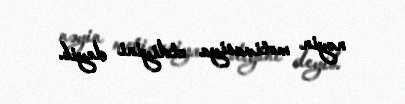
nəyin motivasiya etdiyini deyib.